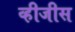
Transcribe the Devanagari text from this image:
व्हीजीस